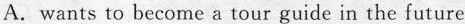
A.wants to become a tour guide in the future